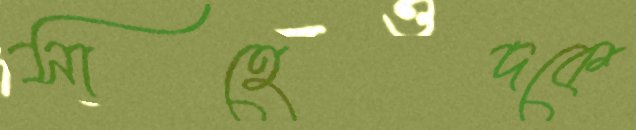
সাহেদকে